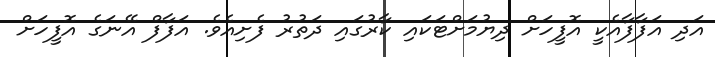
އަދި އަފާފާއެކީ އޮފީހަށް ދިޔުމަށްޓަކައި ކާރުގައި ދަތުރު ފެށިއެވެ. އަފާފް އޭނަގެ އޮފީހަށް